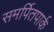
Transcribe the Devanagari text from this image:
समर्पितपार्क